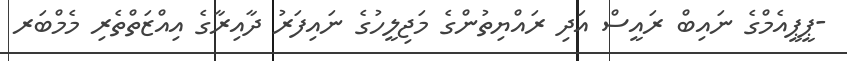
-ޕީޕީއެމްގެ ނައިބް ރައީސް އަދި ރައްޔިތުންގެ މަޖިލީހުގެ ނައިފަރު ދާއިރާގެ އިއްޒަތްތެރި މެމްބަރ